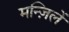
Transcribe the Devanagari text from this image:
मन्ज़िलें